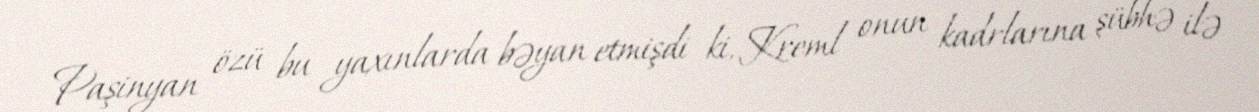
Paşinyan özü bu yaxınlarda bəyan etmişdi ki, Kreml onun kadrlarına şübhə ilə